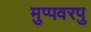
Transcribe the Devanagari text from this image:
मुप्पवरपु